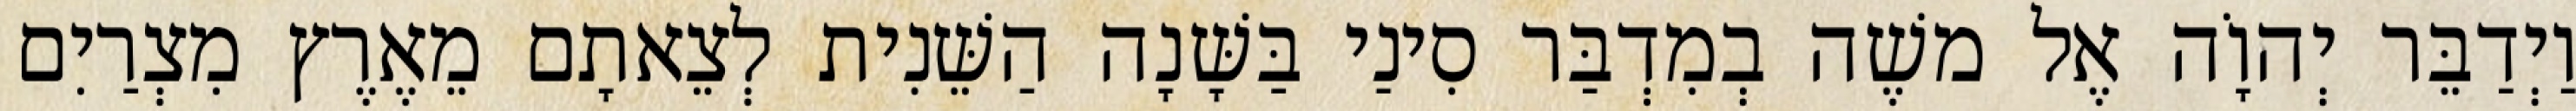
וַיְדַבֵּר יְהוָֹה אֶל משֶׁה בְמִדְבַּר סִינַי בַּשָּׁנָה הַשֵּׁנִית לְצֵאתָם מֵאֶרֶץ מִצְרַיִם